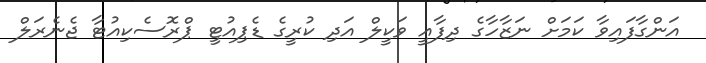
އަންގާފައިވާ ކަމަށް ނަޒާހާގެ ދިފާއީ ވަކީލް އަދި ކުރީގެ ޑެޕިއުޓީ ޕްރޮސެކިއުޓާ ޖެނެރަލް